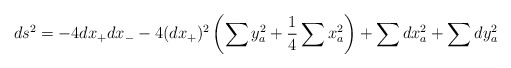
\begin{align*}ds^2=-4dx_+ dx_--4 (dx_+)^2\left(\sum y_a^2 +{1\over 4}\sum x_a^2\right)+\sum dx_a^2 + \sum dy_a^2\end{align*}